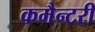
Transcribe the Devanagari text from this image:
कमैन्टरी